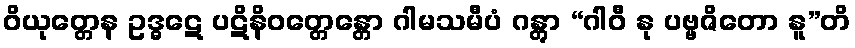
ဝိယုတ္တေန ဥဒ္ဓဋေ ပဋိနိဝတ္တေန္တော ဂါမသမီပံ ဂန္တွာ “ဂါဝီ နု ပဗ္ဗဇိတော နူ”တိ